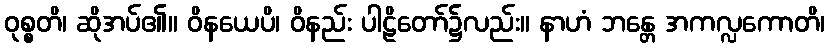
ဝုစ္စတိ၊ ဆိုအပ်၏။ ဝိနယေပိ၊ ဝိနည်း ပါဠိတော်၌လည်း။ နာဟံ ဘန္တေ အကလ္လကောတိ၊